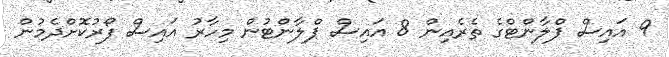
9 އައިސް ޕްލާންޓްގެ ތެރެއިން 8 އައިސް ޕްލާންޓުން މިހާރު އައިސް ފޯރުކޮށްދެމުން